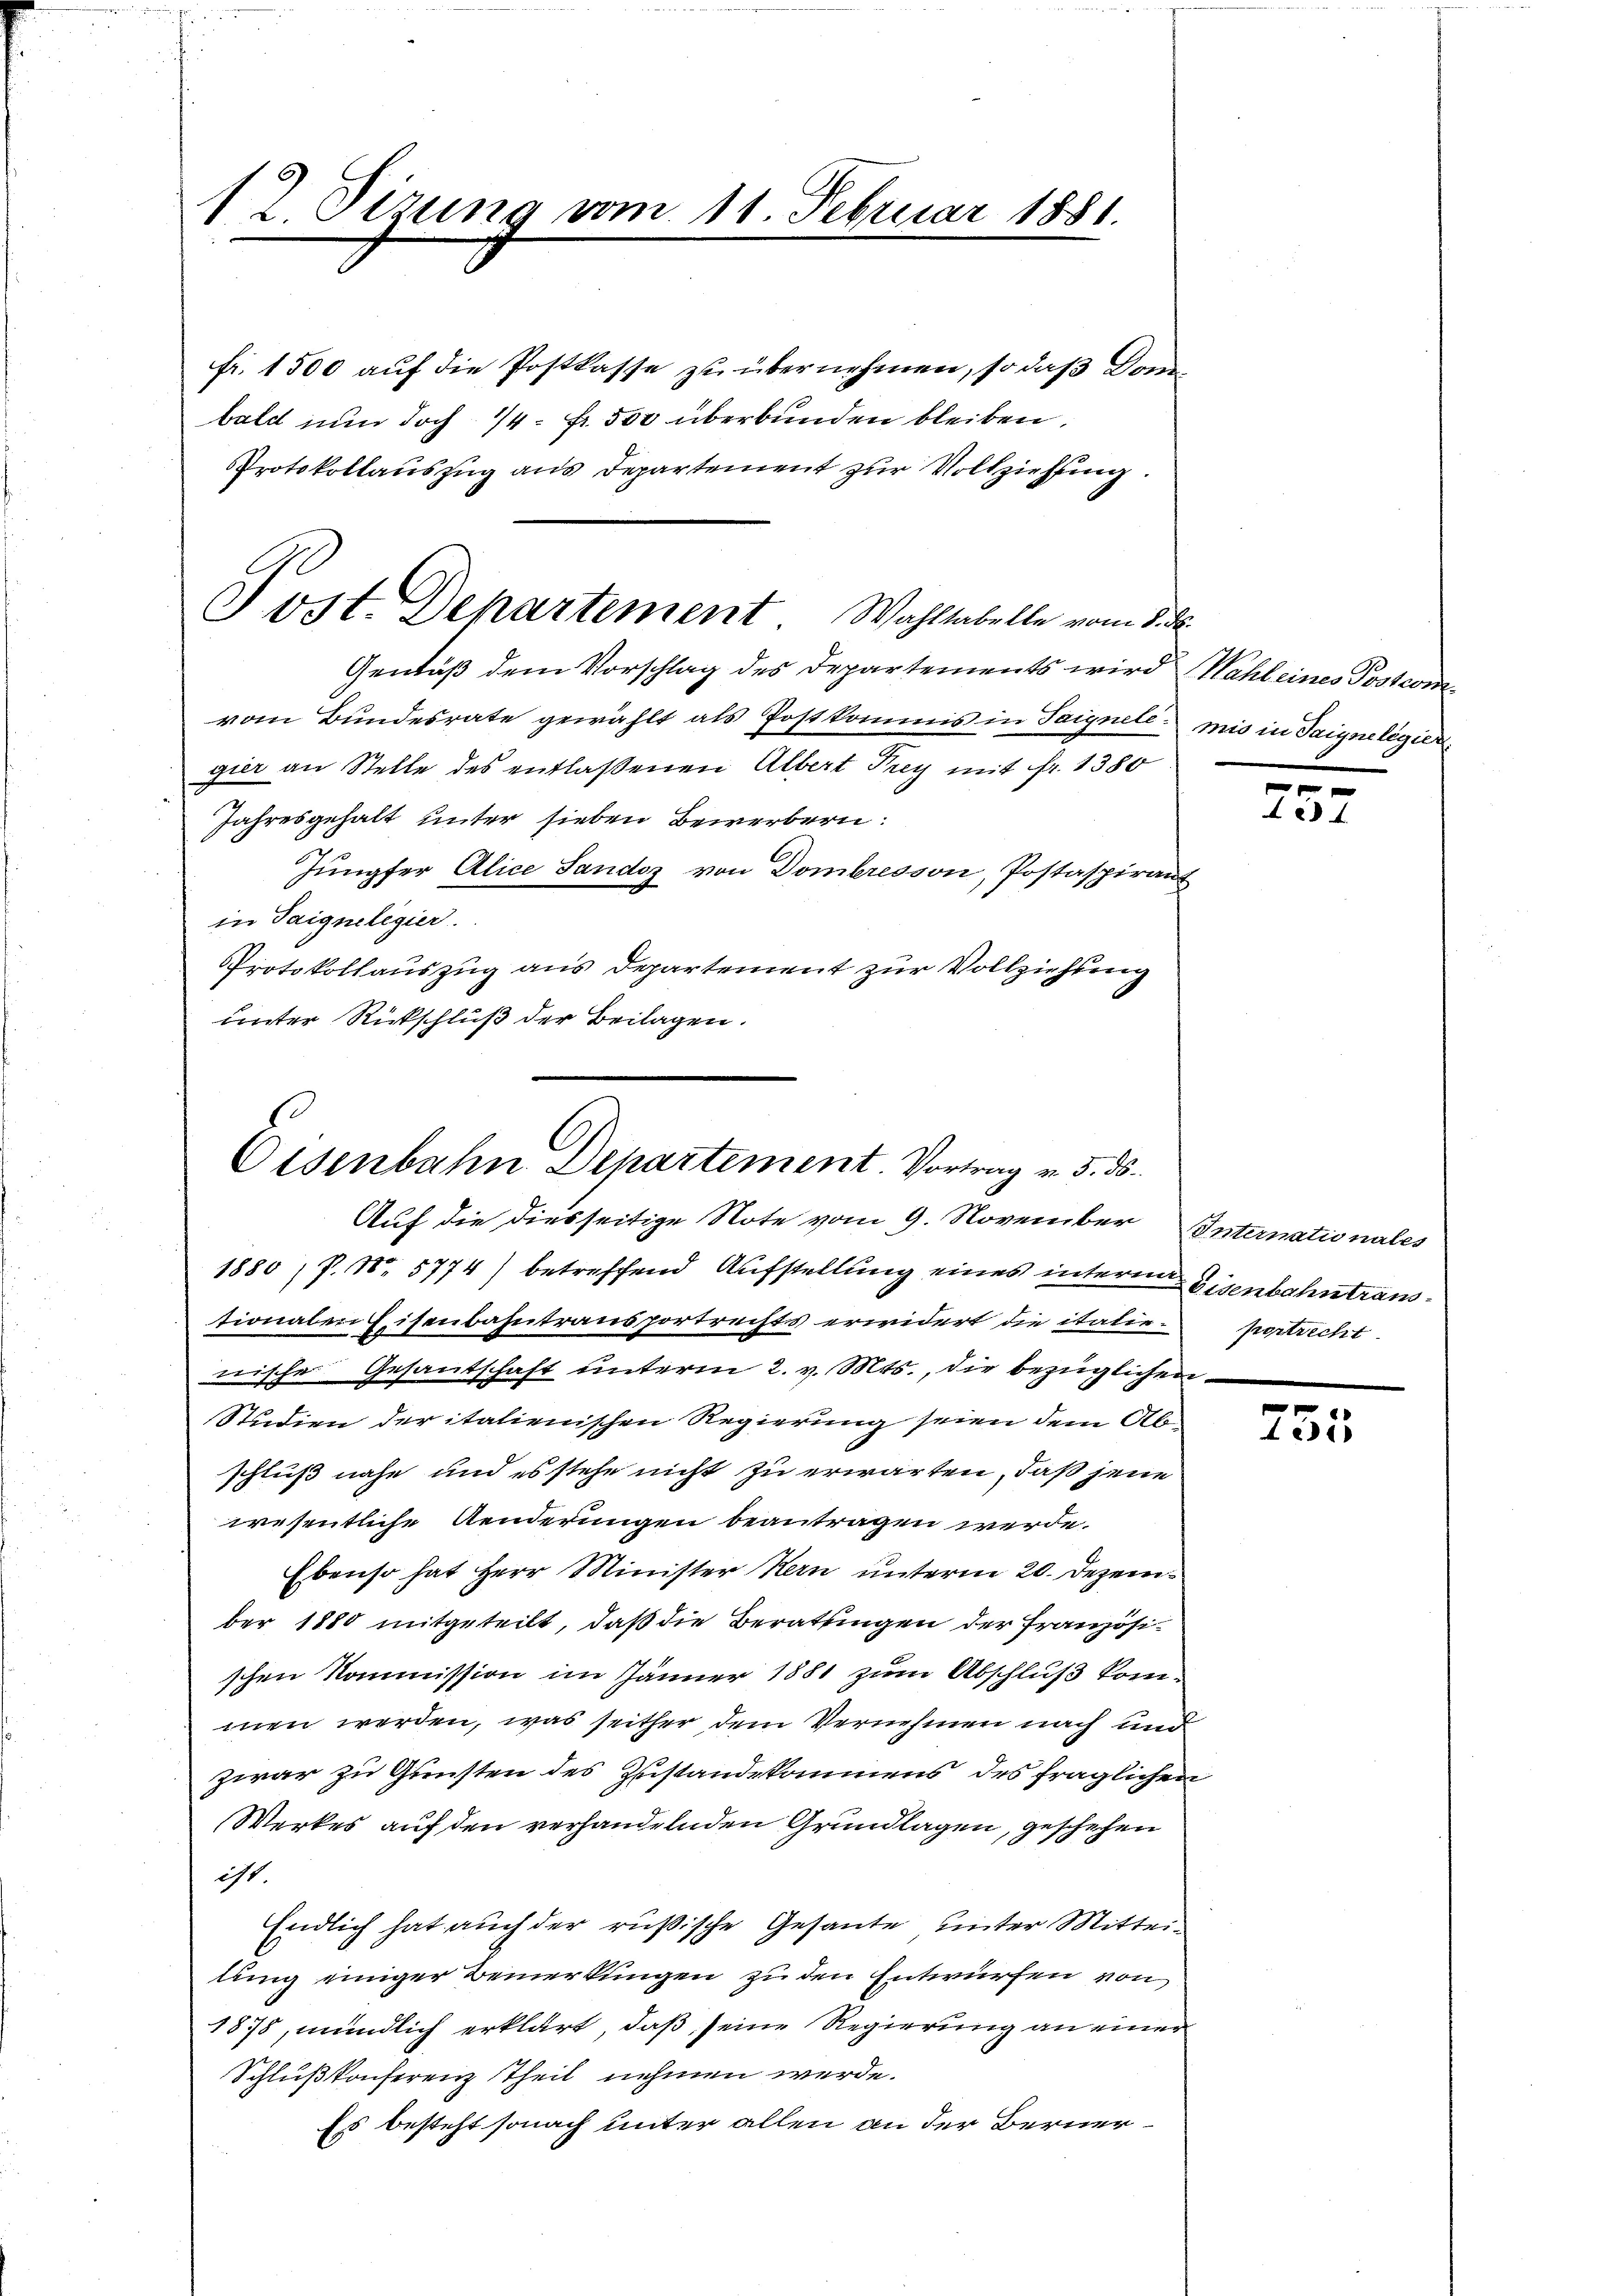
12. Sizung vom 11. Febru

Tost. Departement Wahltabelle vom 8. d.

1881.

fr. 1500 auf die Postkasse zu übernehmen, so daß Dom-
bald nun doch 14 = Fr. 500 überbunden bleiben.
Protokollauszug aus Departement zur Vollziehung.
Gemäß dem Vorschlag des Departements wird Wahl eines Postcomvom Bundesrate gewählt als Postkommis in Saignete mis in Saigneligier
gier an Stelle des entlaßenen Albert Frey mit Fr. 1380
Jahresgehalt unter sieben Bewerbern:
Jungfer Alice Sandoz von Dombresson, Postaspirant
in Saignelegier
Protokollauszug aus Departement zur Vollziehung
unter Rückschluß der Beilagen.

Osenbahn. Departement. Vortrag v. 5. ds.
Auf die diesseitige Note vom 9. November Internationales

1880, P. Nr. 5774) betreffend Aufstellung eines interm Eisenbahntraussionalen Eisenbahntransportrechts erwidert die italie portricht
nische Gesantschaft unterm 2. v. Mts., die bezüglichen
Studien der italienischen Regierung seien dem Abschluß nahe und es stehe nicht zu erwarten, daß jene
wesentliche Aenderungen beantragen werde.
Ebenso hat Herr Minister Kern unterm 20. Dezember 1880 mitgeteilt, daß die Berathungen der Französischen Kommission im Jänner 1881 zum Abschluß kommen werden, was seither dem Vernehmen nach und
zwar zu Gunsten des Zustandekommens des fraglichen
Werkes auf den verhandelnden Grundlagen, geschehen
ist.
Endlich hat auch der rußische Gesante unter Mitteilung einiger Bemerkungen zu den Entwürfen von
1878, mündlich erklärt, daß seine Regierung an einer
Schlußkonferenz Theil nehmen werde.
Es besteht sonach unter allen an der Berner¬

.
A 4

755